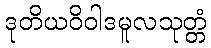
ဒုတိယဝိဝါဒမူလသုတ္တံ